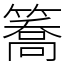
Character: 簥